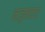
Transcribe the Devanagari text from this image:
मजुमदारः